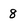
Character: 8